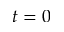
t = 0